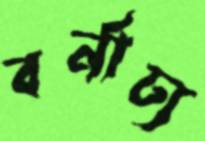
বর্নাঢ্য